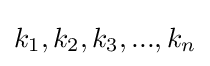
k_{1},k_{2},k_{3},...,k_{n}